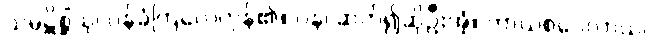
သမ္ပဋိစ္ဆိံသု၊ ဝန်ခံကြလေကုန်၏။ ပန၊ ဆက်၍ဆိုဦးအံ့။ တာယစဝေလာယ၊